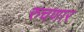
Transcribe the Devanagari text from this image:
रुचणार